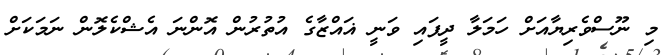
މި ނޫސްވެރިޔާއަށް ހަމަލާ ދީފައި ވަނީ ޣައްޒާގެ އުތުރުން އޮންނަ އެޝްކެލޮން ނަމަކަށް